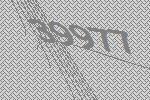
39977